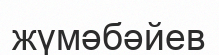
жүмәбәйев